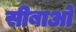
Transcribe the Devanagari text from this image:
सीबाओ